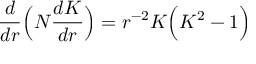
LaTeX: \frac { d } { d r } \Bigl ( N \frac { d K } { d r } \Bigr ) = r ^ { - 2 } K \Bigl ( K ^ { 2 } - 1 \Bigr )